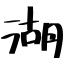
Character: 湖